Vaccination in Bombay 1924-1928 - 1924-1928
Year: 1924
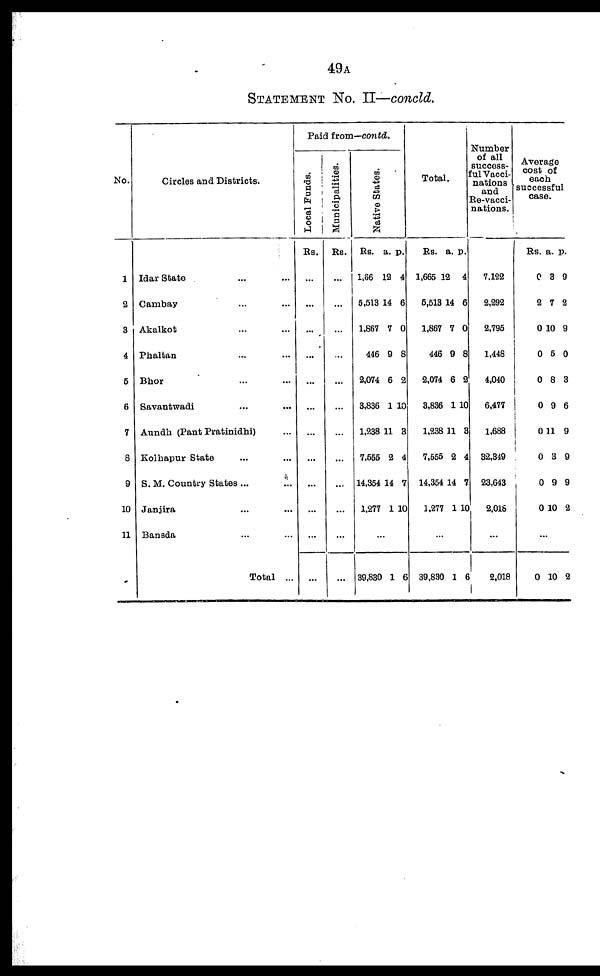
49A
STATEMENT No. II—concld.
No.
1
2
3
4
5
6
7
8
9
10
11
Circles and Districts.
Idar State ... ...
Cambay ... ...
Akalkot ... ...
Phaltan ... ...
Bhor ... ...
Savantwadi ... ...
Aundh (Pant Pratinidhi) ...
Kolhapur State ... ...
S. M. Country States ... ...
Janjira ... ...
Bansda ... ...
Total ...
Paid from—contd.
Local Funds.
Rs.
...
...
...
...
...
...
...
...
...
...
...
...
Municipalities.
Rs.
...
...
...
...
...
...
...
...
...
...
...
...
Native States.
Rs.
1,66
5,513
1,867
446
2,074
3,836
1,238
7,555
14,354
1,277
a.
12
14
7
9
6
1
11
2
14
1
p.
4
6
0
8
2
10
3
4
7
10
...
39,830 1 6
Total.
Rs.
1,665
5,513
1,867
446
2,074
3,836
1,238
7,555
14,354
1,277
a.
12
14
7
9
6
1
11
2
14
1
p.
4
6
0
8
2
10
3
4
7
10
...
39,830 1 6
Number
of all
success-
ful Vacci-
nations
and
Re-vacci-
nations.
7,122
2,292
2,795
1,448
4,040
6,477
1,688
32,349
23,643
2,018
...
2,018
Average
cost of
each
successful
case.
Rs.
0
2
0
0
0
0
0
0
0
0
a.
3
7
10
5
8
9
11
3
9
10
p.
9
2
9
0
3
6
9
9
9
2
...
0 10 2